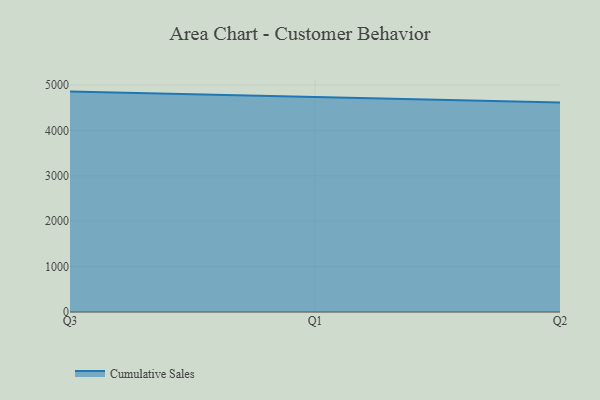
{"axis": {"x": "Quarter", "y": "Revenue (USD Million)"}, "legend": ["Cumulative Sales"], "data": [{"x": "Q3", "y": 4856.5, "type": "Cumulative Sales"}, {"x": "Q1", "y": 4730.8, "type": "Cumulative Sales"}, {"x": "Q2", "y": 4615.9, "type": "Cumulative Sales"}]}